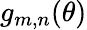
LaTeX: g_{m,n}(\theta)